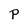
Character: P